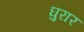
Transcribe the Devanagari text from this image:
घुरार